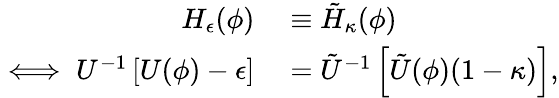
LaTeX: \begin{array}{rl}{{H}_{\epsilon}(\phi)}&{{}\equiv\tilde{H}_{\kappa}(\phi)}\\ {\iff{U}^{-1}\left[{U}(\phi)-\epsilon\right]}&{{}=\tilde{U}^{-1}\left[\tilde{U}(\phi)(1-\kappa)\right],}\end{array}